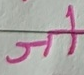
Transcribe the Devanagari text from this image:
जो